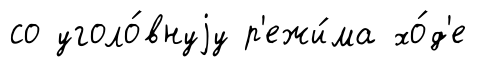
со уголо́внуjу р'ежи́ма хо́д'е